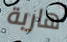
هاربة